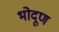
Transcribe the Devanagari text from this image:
भोदूण